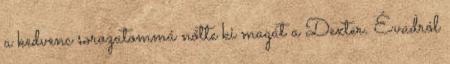
a kedvenc sorozatommá nőtte ki magát a Dexter. Évadról